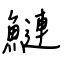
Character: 鰱